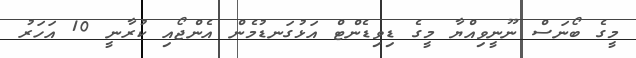
މީގެ ބޯނަސް ނޫނީވިއްޔާ މީގެ ޑިވިޑެންޓް އަޅުގަނޑުމެން އެންޖޯއި ކުރާނީ 10 އަހަރު